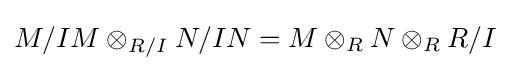
M/IM\otimes _{R/I}N/IN=M\otimes _{R}N\otimes _{R}R/I